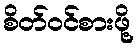
စိတ်ဝင်စားဖို့